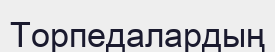
Торпедалардың